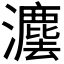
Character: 𱪄